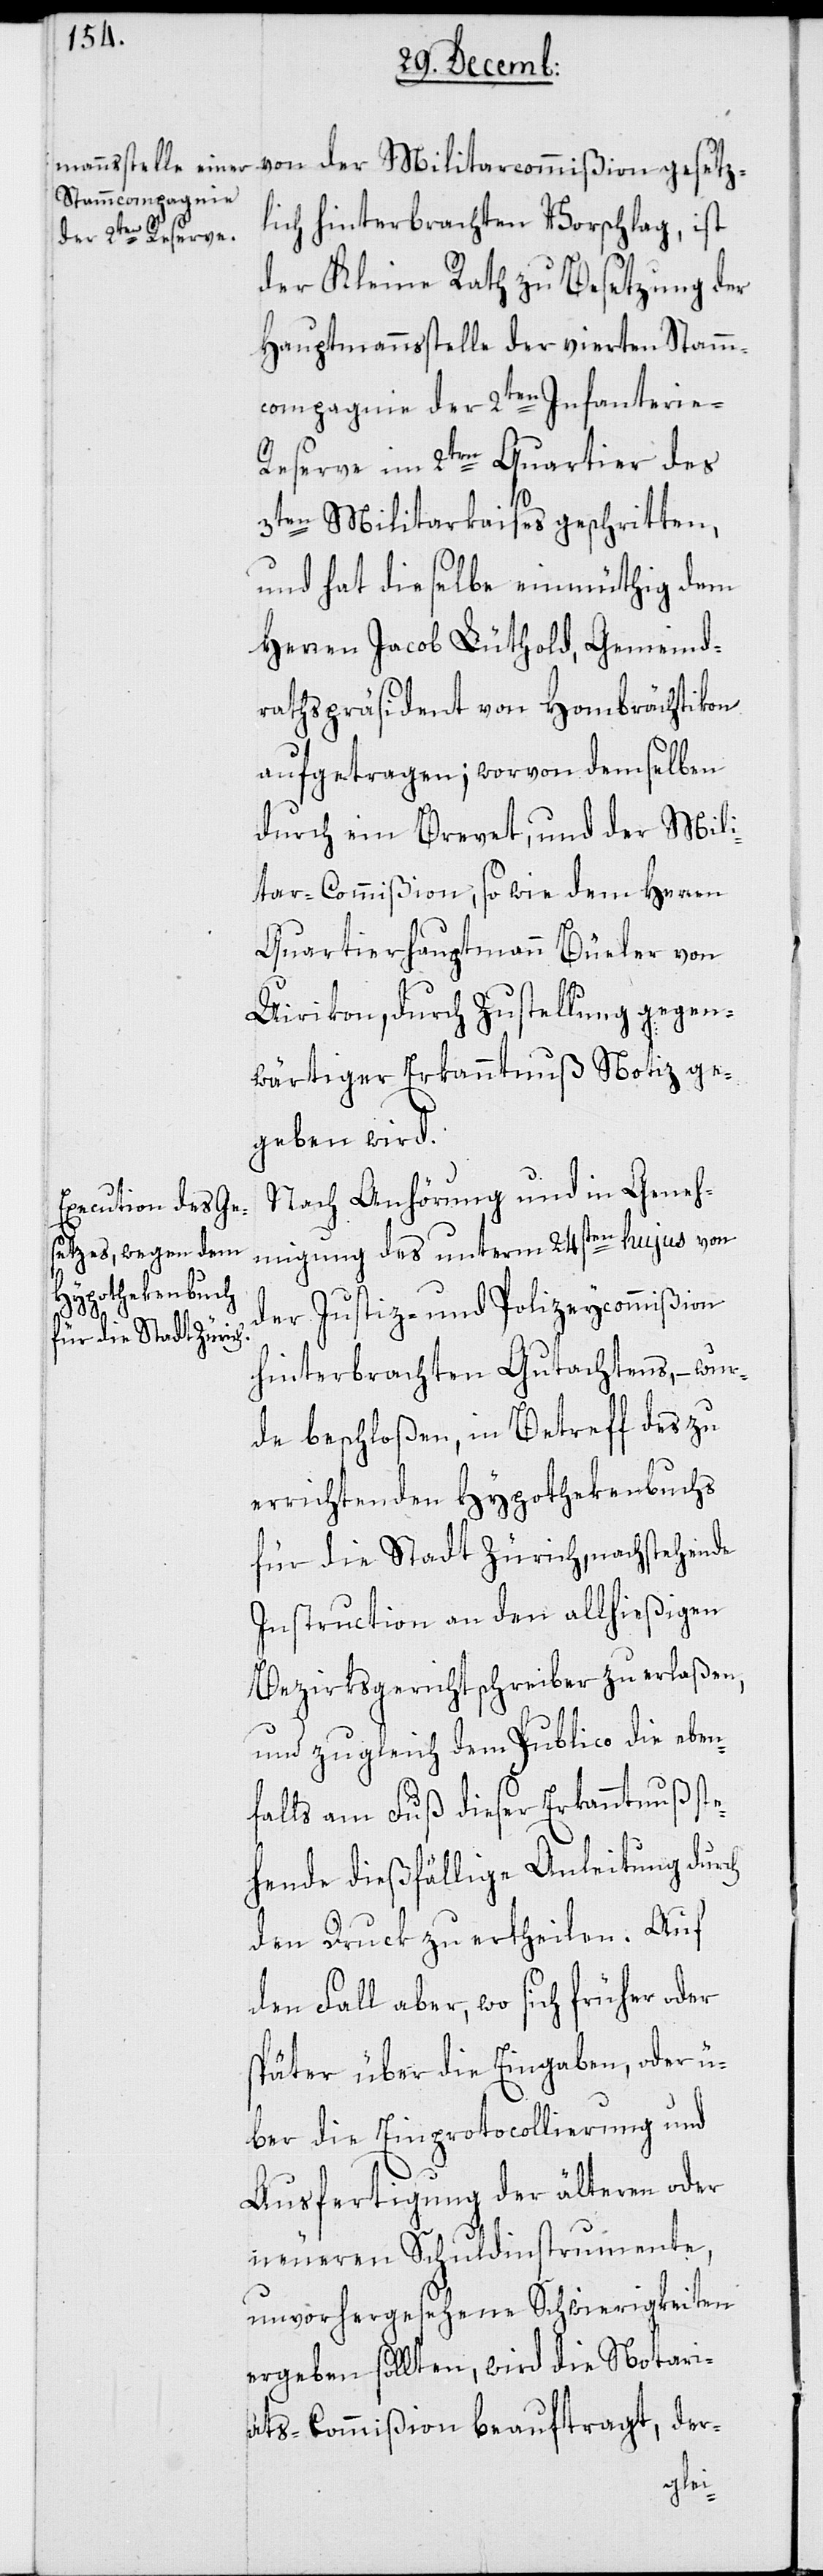
lich hinterbrachten Vorschlag, ist
der Kleine Rath zu Besetzung der
Hauptmannsstelle der vierten Stamm¬
compagnie der 2ten Infanterie-R¬
eserve im 2ten Quartier des
3ten Miltairkraises geschritten,
und hat dieselbe einmüthig dem
Herren Jacob Lüthold, Gemeind¬
rathspräsident von Hombrächtikon
aufgetragen; worvon demselben
durch ein Brevet, und der Mili¬
tar-Commißion, sowie dem Herren
Quartierhauptmann Büeler von
Uirikon, durch Zustellung gegen¬
wärtiger Erkanntnuß Notiz ge¬
geben wird.
Nach Anhörung und in Geneh¬
migung des unterm 24sten hujus von
gesetz¬
der Justiz- und Polizeycommißion
hinterbrachten Gutachtens, – wur¬
de beschloßen, in Betreff des zu
errichtenden Hypothekenbuchs
für die Stadt Zürich, nachstehende
Instruction an den allhießigen
Bezirksgerichtschreiber zu erlaßen,
und zugleich dem Publico die eben¬
falls am Fuß dieser Erkanntnuß ste¬
hende dießfällige Anleitung durch
den Druck zu ertheilen. Auf
den Fall aber, wo sich früher oder
später über die Eingaben, oder ü¬
ber die Einprotocollierung und
Ausfertigung der älteren oder
neueren Schuldinstrumente,
unvorhergesehene Schwierigkeiten
ergeben sollten, wird die Notari¬
ats-Commißion beauftragt, der-